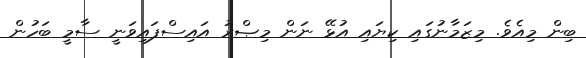
ބިން މިއެވެ. މިޒަމާނުގައި ކިޔައި އުޅޭ ނަން މިޞްރު އައިސްފައިވަނީ ސާމީ ބަހުން